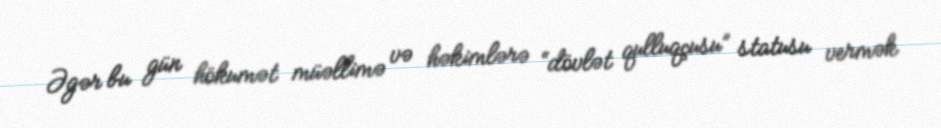
Əgər bu gün hökumət müəllimə və həkimlərə “dövlət qulluqçusu” statusu vermək